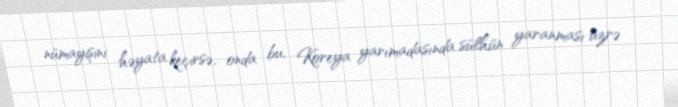
nümayişini həyata keçirsə, onda bu, Koreya yarımadasında sülhün yaranması üzrə